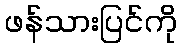
ဖန်သားပြင်ကို